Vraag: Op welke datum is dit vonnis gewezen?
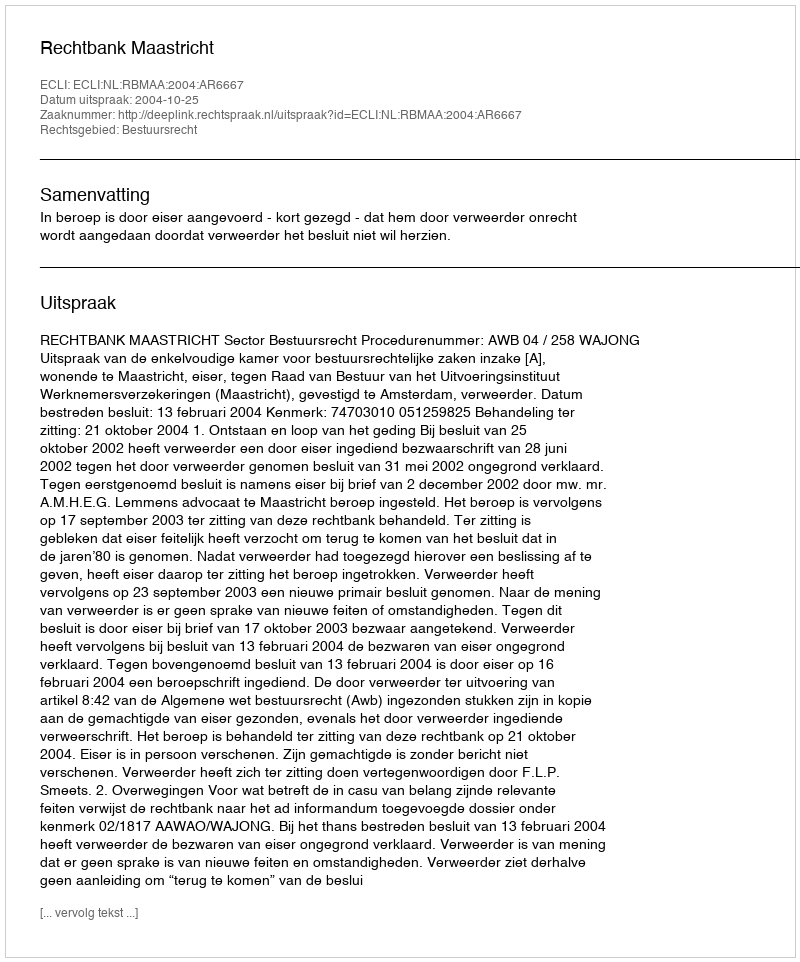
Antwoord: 2004-10-25